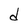
Character: d